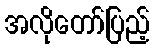
အလိုတော်ပြည့်